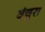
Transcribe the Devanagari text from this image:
वंचुरा